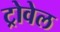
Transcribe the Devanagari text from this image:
ट्रोवेल